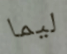
ليما